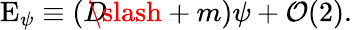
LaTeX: \mathrm{E}_{\psi}\equiv\left(D\! \! \! \! \slash+m\right)\psi+{\cal O}(2).